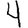
Digit: 4